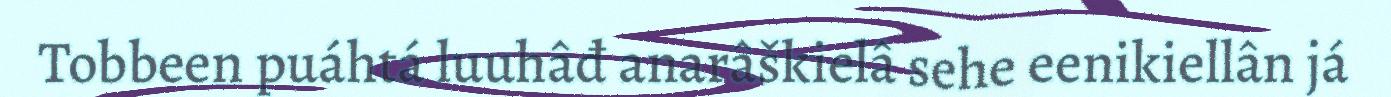
Tobbeen puáhtá luuhâđ anarâškielâ sehe eenikiellân já